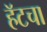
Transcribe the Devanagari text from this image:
हॅटचा